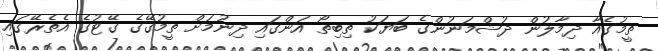
ތީމުގެއާ ދިމާލުން ދުޝްމަނުންގެ ބަޔަކު ތިބިތޯ އަންގައި ދިނުމަށް ތީމުގޭގެ ގޭޓުގެ އެތެރޭގައި